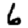
Digit: 6